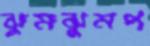
ঝুমঝুমপ